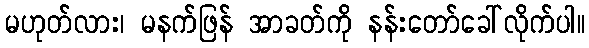
မဟုတ်လား၊ မနက်ဖြန် အာခတ်ကို နန်းတော်ခေါ်လိုက်ပါ။